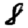
Digit: 8